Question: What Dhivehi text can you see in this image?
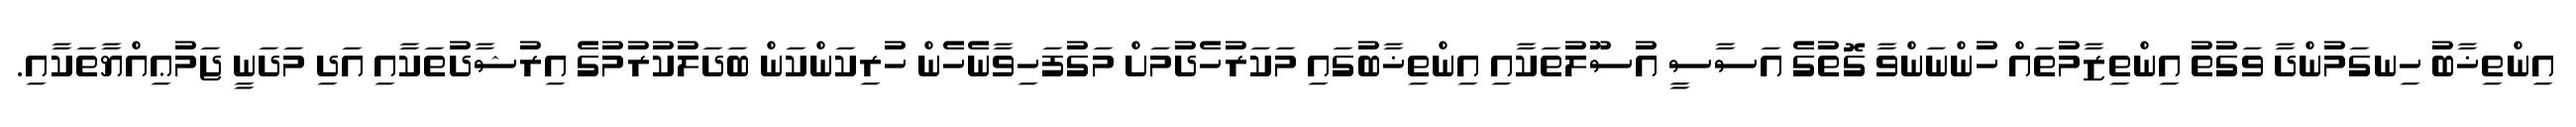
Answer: އިންތިޚާބު ހިނގަމުންދާ ވަގުތު އިންތިޒާމުތައް ހުންނަންވާ ގޮތުގެ އަސާސީ އުސޫލުތަކާއި އިންތިޚާބުގައި މަކަރުހެދުމަށް މަގުފަހިވާނެހެން ހުރިކަންކަން ބަދަލުކުރުމުގެ އިރުޝާދުތަކާއި އަދި މަދަނީ ޖަމުޢިއްޔާތަކާއި.